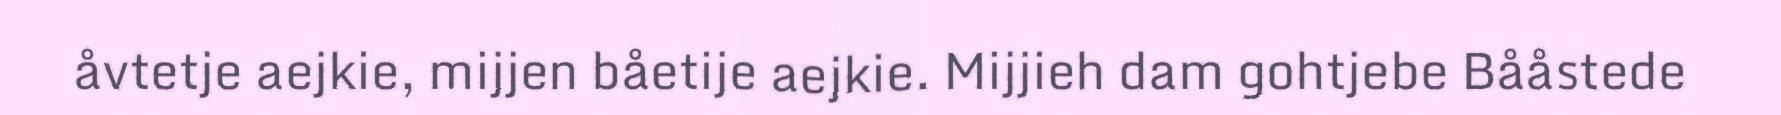
åvtetje aejkie, mijjen båetije aejkie. Mijjieh dam gohtjebe Bååstede